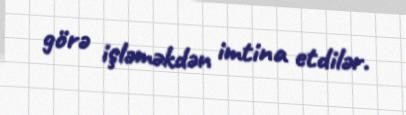
görə işləməkdən imtina etdilər.